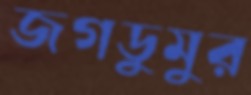
জগডুমুর